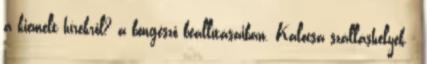
a kiemelt hírekről? a böngésző beállításaiban. Kalocsa szálláshelyek -